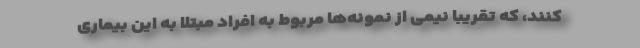
کنند، که تقریبا نیمی از نمونه‌ها مربوط به افراد مبتلا به این بیماری